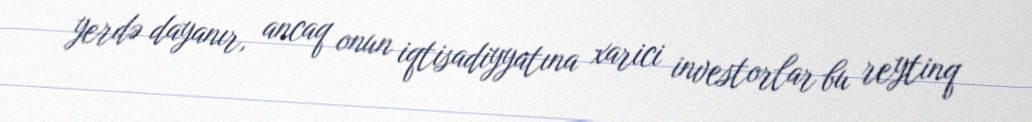
yerdə dayanır, ancaq onun iqtisadiyyatına xarici investorlar bu reytinq